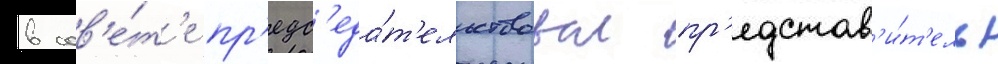
в сов'е́т'е пр'едс'еда́т'ельствовал пр'едстав'и́т'ель